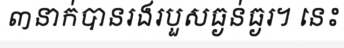
៣នាក់បានរងរបួសធ្ងន់ធ្ងរ។ នេះ